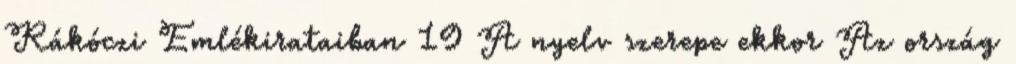
Rákóczi Emlékirataiban 19 A nyelv szerepe ekkor Az ország